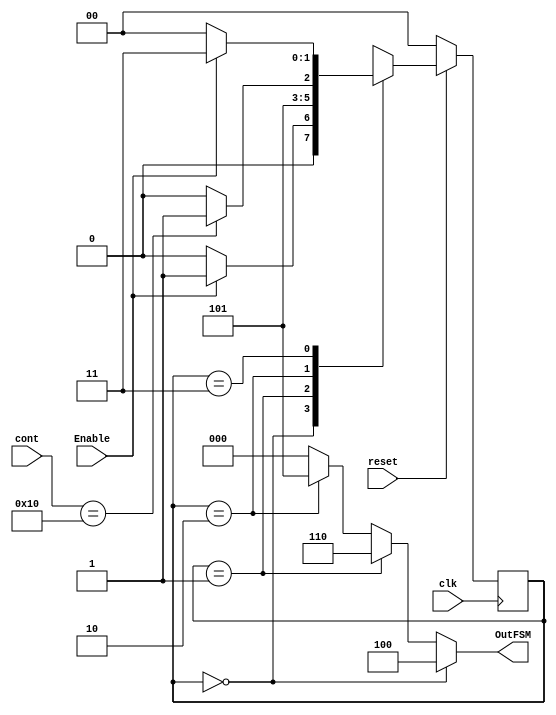
`timescale 1ns / 1ps

module FSM_Booth
	#(
	parameter  COUNT_BIT = 5,
	parameter  BITS_BOOTH = 16
	)
	(input clk,reset,Enable,
	input[COUNT_BIT-1:0] cont,
	output reg [2:0] OutFSM);
	

	reg [1:0]state,nextState;


	//Asignacion asincrona de estados
	always@(state,cont,Enable)
	case(state)
	2'b00:
		if(Enable==1) nextState = 2'b01;
		else nextState = 2'b00;
	2'b01:
		nextState = 2'b10;
	2'b10:
		if(cont==BITS_BOOTH) nextState = 2'b11;
		else nextState = 2'b10;
	2'b11:
		if(Enable==0) nextState = 2'b00;
		else nextState = 2'b11;
	//default: nextState = 2'b00;
	endcase
	//Asignacion sincrona: Actualizacion del estado
	always@(posedge clk)
	begin
		if(reset==0) state = 2'b0;
		else state = nextState;
	end
	//Asignacion de las salidas
	always@(state)
		if(state==2'b00) OutFSM = 3'b100;
		else if (state==2'b01) OutFSM = 3'b110;
		else if (state==2'b10) OutFSM = 3'b101;
		else OutFSM = 3'b000;
	
endmodule 

module Alg_Booth
	#(
	parameter  SWORD = 17
	)
	(input clk,reset,Busy,Em,Er,
	input [SWORD-1:0] R2,R1,
	output[SWORD*2-1:0] Z);
	


	//reg[16:0] Q2;
	reg[SWORD-1:0] Q1,aux;
	reg[SWORD*2:0] S,address2,subres2;
	wire[SWORD-1:0] NQ1;

	assign NQ1 = ~Q1+1;
	//FF-D de R1 y R2
	always@ (posedge clk)
	begin
		if(!reset) begin
			Q1 = 0;
			S = 0;
		end else if(Er)	begin
			Q1 =R1;
			S = {{SWORD{1'b0}}, R2, 1'b0};
		end else if(Em) begin
			case(S[1:0])
				2'b00:begin 
					S = {S[SWORD*2],S[SWORD*2:1]};
					//S = {1'b0,S[SWORD*2:1]};
				end
				2'b01:begin
					aux = S[SWORD*2:SWORD+1]+Q1;
					S = {aux[SWORD-1],aux,S[SWORD:1]};
					//S = {1'b0,aux,S[SWORD:1]};
				end
				2'b10:begin
					aux = S[SWORD*2:SWORD+1]+NQ1;
					S = {aux[SWORD-1],aux,S[SWORD:1]};
					//S = {1'b0,aux,S[SWORD:1]};
				end
				2'b11:begin 
					S = {S[SWORD*2],S[SWORD*2:1]};
					//S = {1'b0,S[SWORD*2:1]};
				end
			endcase
		end	else begin
			Q1 = Q1;
			S = S;
		end
	end


	assign Z = Busy ? 0 : S[SWORD*2:1];


endmodule

module MULT(input clk,reset,Enable,
	input [31:0] rs1,rs2,
	input [11:0] codif,
	output [31:0] rd,
	output reg is_oper,
	output reg Done);

	localparam COUNT_BIT = 5;
	localparam BITS_BOOTH = 16;
	

	reg[COUNT_BIT-1:0] cont1,cont2,cont3;
	wire[63:0] Out1,Out0,Out2,Out;
	wire [2:0] OutFSM1,OutFSM2,OutFSM3;
	reg[16:0] X1,X0,Y1,Y0;
	reg[17:0] M1,M2;
	wire [33:0] Z0,Z2;
	wire [35:0] Z1,Z1_Z2_Z0,NZ2,NZ0;
	reg [31:0] ss1,ss2,srd;
	reg [16:0] ss1_ss1;
	reg [16:0] ss2_ss2;
	reg [63:0] rdu;
	reg sig,signo;
	reg [11:0] Op;
	wire EnableMul;
	wire Ready;
	//reg is_oper;


	FSM_Booth u1 (.clk(clk),.reset(reset),.OutFSM(OutFSM1),.cont(cont1),.Enable(EnableMul)); //FSM1 (X1Y1)
	Alg_Booth u2 (.clk(clk),.reset(reset),.R2(Y1),.R1(X1),.Z(Z2),.Busy(OutFSM1[2]),.Em(OutFSM1[0]),.Er(OutFSM1[1])); //Mul 1 (X1Y1)
	FSM_Booth #(.BITS_BOOTH(17)) u3 (.clk(clk),.reset(reset),.OutFSM(OutFSM2),.cont(cont2),.Enable(EnableMul)); //FSM2 (M1M2)
	Alg_Booth #(.SWORD(18)) u4 (.clk(clk),.reset(reset),.R2(M2),.R1(M1),.Z(Z1),.Busy(OutFSM2[2]),.Em(OutFSM2[0]),.Er(OutFSM2[1])); //Mul 2 (M1M2)
	FSM_Booth u5 (.clk(clk),.reset(reset),.OutFSM(OutFSM3),.cont(cont3),.Enable(EnableMul)); //FSM3 (X0Y0)
	Alg_Booth u6 (.clk(clk),.reset(reset),.R2(Y0),.R1(X0),.Z(Z0),.Busy(OutFSM3[2]),.Em(OutFSM3[0]),.Er(OutFSM3[1])); //Mul 3 (X0Y0)



	always@* begin
		case(codif)
			12'b010010110011: begin
				// Algoritmo KARATSUBA MULH (SxS)
				if (rs1[31]) ss1 = ~rs1+1;
				else ss1 = rs1;
				if (rs2[31]) ss2 = ~rs2+1;
				else ss2 = rs2;
				sig = rs1[31] ^ rs2[31];
				is_oper = 1;
				srd = rdu[63:32];
			end
			12'b010100110011: begin
				// Algoritmo KARATSUBA MULHSU (SxU)
				if (rs1[31]) ss1 = ~rs1+1;
				else ss1 = rs1;	
				ss2 = rs2;
				sig = rs1[31];
				is_oper = 1;
				srd = rdu[63:32];
			end
			12'b010110110011: begin
				// Algoritmo KARATSUBA MULHU (UxU)
				ss1 = rs1;
				ss2 = rs2;
				sig = 0;
				is_oper = 1;
				srd = rdu[63:32];
			end
			12'b010000110011: begin
				// Algoritmo KARATSUBA MUL (UxU)
				ss1 = rs1;
				ss2 = rs2;
				sig = 0;
				is_oper = 1;
				srd = rdu[31:0];
			end
			default: begin
				ss1 = rs1;
				ss2 = rs2;
				sig = 0;
				is_oper = 0;
				srd = 32'hxxxxxxxx;
			end
		endcase
		X1 = {1'b0, ss1[31:16]}; // First 16 Bits of R1
		X0 = {1'b0, ss1[15:0]};
		Y1 = {1'b0, ss2[31:16]}; // First 16 Bits of R2
		Y0 = {1'b0, ss2[15:0]};
		ss1_ss1 = ss1[31:16] + ss1[15:0];
		M1 = {1'b0, ss1_ss1}; // (X1+X0)
		ss2_ss2 = ss2[31:16] + ss2[15:0];
		M2 = {1'b0, ss2_ss2}; // (Y1+Y0)	
	end
	assign rd = is_oper?srd:32'hzzzzzzzz;
	
	assign EnableMul = /*X1==0&&X0==0&&Y1==0&&Y0==0 ? 1'b0 :*/ (Enable & is_oper);
	//Salida Algoritmo KARATSUBA 
	assign Ready = OutFSM1[2]==0&&OutFSM2[2]==0&&OutFSM3[2]==0;
	assign NZ2 = -$signed(Z2);
	assign NZ0 = -$signed(Z0);
	assign Z1_Z2_Z0 = (Z1+NZ2+NZ0);
	assign Out2 = Z2<<32;
	assign Out1 = {{14{Z1_Z2_Z0[33]}}, Z1_Z2_Z0}<<16;
	assign Out0 = {{30{Z0[33]}}, Z0};
	assign Out = Out2+Out1+Out0;
	

	always@ (posedge clk) begin
		if(Ready) begin
			if(sig) rdu = ~Out+1;
			else rdu = Out;
			Done = 1;
		end else if(is_oper) begin
			Done = 0;
			rdu = 64'b0;
		end	else begin
			rdu = 64'b0;
			Done = 0;
		end
	end

	//// Contador 1
	always@(posedge clk )
		if (reset==0||cont1==BITS_BOOTH) cont1 = 0;
		else if (OutFSM1[0]==1) cont1 = cont1 + 1;
	//// Contador 2
	always@(posedge clk )
		if (reset==0||cont2==17) cont2 = 0;
		else if (OutFSM2[0]==1) cont2 = cont2 + 1;
	//// Contador 3
	always@(posedge clk )
		if (reset==0||cont3==BITS_BOOTH) cont3 = 0;
		else if (OutFSM3[0]==1) cont3 = cont3 + 1;	
endmodule